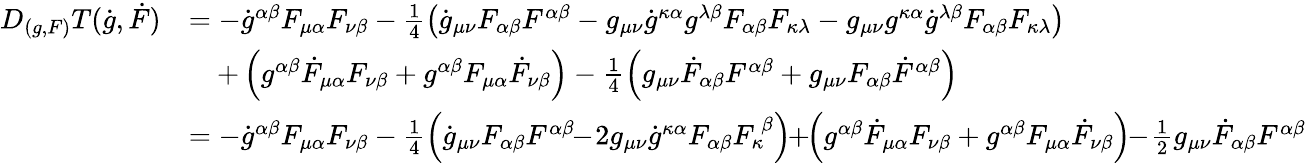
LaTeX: \begin{array}{rl}{D_{(g,F)}T(\dot{g},\dot{F})}&{=-\dot{g}^{\alpha\beta}F_{\mu\alpha}F_{\nu\beta}-\frac 14\left(\dot{g}_{\mu\nu}F_{\alpha\beta}F^{\alpha\beta}-g_{\mu\nu}\dot{g}^{\kappa\alpha}g^{\lambda\beta}F_{\alpha\beta}F_{\kappa\lambda}-g_{\mu\nu}g^{\kappa\alpha}\dot{g}^{\lambda\beta}F_{\alpha\beta}F_{\kappa\lambda}\right)}\\ &{\quad+\left(g^{\alpha\beta}\dot{F}_{\mu\alpha}F_{\nu\beta}+g^{\alpha\beta}F_{\mu\alpha}\dot{F}_{\nu\beta}\right)-\frac 14\left(g_{\mu\nu}\dot{F}_{\alpha\beta}F^{\alpha\beta}+g_{\mu\nu}F_{\alpha\beta}\dot{F}^{\alpha\beta}\right)}\\ &{=-\dot{g}^{\alpha\beta}F_{\mu\alpha}F_{\nu\beta}-\frac 14\left(\dot{g}_{\mu\nu}F_{\alpha\beta}F^{\alpha\beta}\! \! -\! 2g_{\mu\nu}\dot{g}^{\kappa\alpha}F_{\alpha\beta}F_{\kappa}^{~\beta}\right)\! \! +\! \! \left(g^{\alpha\beta}\dot{F}_{\mu\alpha}F_{\nu\beta}+g^{\alpha\beta}F_{\mu\alpha}\dot{F}_{\nu\beta}\right)\! \! -\! \frac 12g_{\mu\nu}\dot{F}_{\alpha\beta}F^{\alpha\beta}}\end{array}